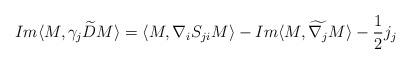
LaTeX: \begin{align*}Im\langle M, \gamma_{j} \widetilde{D} M\rangle=\langle M, \nabla_{i}S_{ji}M\rangle-Im\langle M, \widetilde{\nabla_{j}}M\rangle-\frac{1}{2}j_{j}\end{align*}